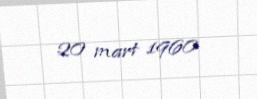
20 mart 1960